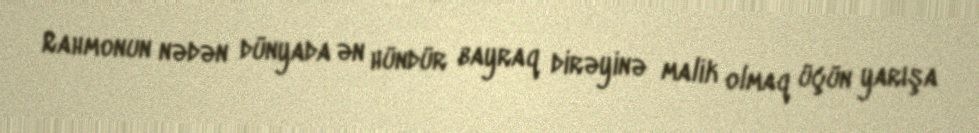
Rahmonun nədən dünyada ən hündür bayraq dirəyinə malik olmaq üçün yarışa